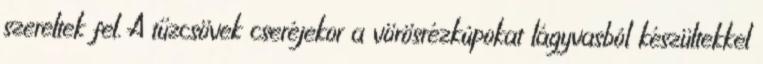
szereltek fel. A tűzcsövek cseréjekor a vörösrézkúpokat lágyvasból készültekkel